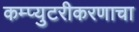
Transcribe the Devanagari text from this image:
कम्प्युटरीकरणाचा